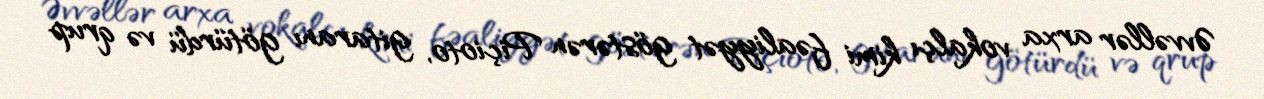
Əvvəllər arxa vokalçı kimi fəaliyyət göstərən Piçioto, gitaranı götürdü və qrup